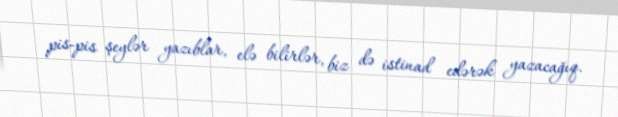
pis-pis şeylər yazıblar, elə bilirlər, biz də istinad edərək yazacağıq.